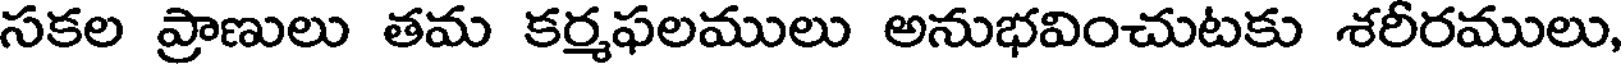
సకల ప్రాణులు తమ కర్మఫలములు అనుభవించుటకు శరీరములు,